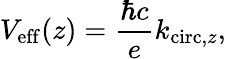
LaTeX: V_{\mathrm{eff}}(z)=\frac{\hbar c}{e}k_{\mathrm{circ,}z},